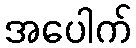
အပေါက်